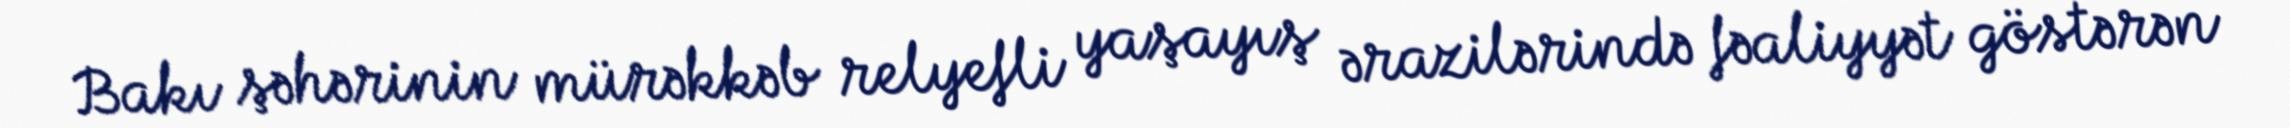
Bakı şəhərinin mürəkkəb relyefli yaşayış ərazilərində fəaliyyət göstərən